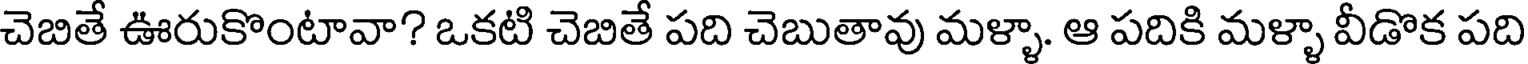
చెబితే ఊరుకొంటావా? ఒకటి చెబితే పది చెబుతావు మళ్ళా. ఆ పదికి మళ్ళా వీడొక పది